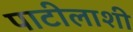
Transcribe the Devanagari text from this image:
पाटीलाशी